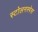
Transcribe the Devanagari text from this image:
स्टोलनस्पेस